Annual administration report of the Bombay Presidency - 1887-1892
Year: 1887
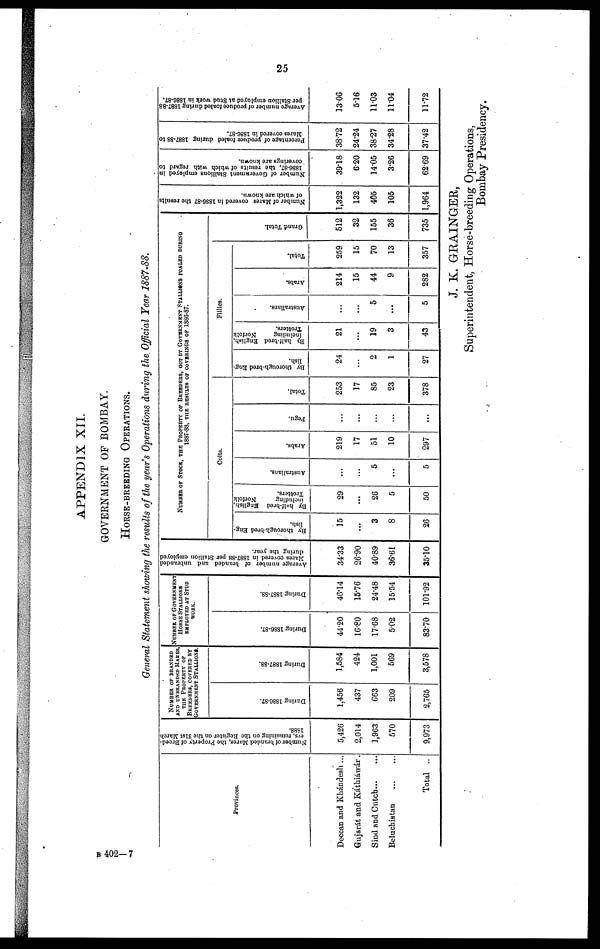
25
APPENDIX XII.
GOVERNMENT OF BOMBAY.
HORSE-BREEDING OPERATIONS.
General Statement showing the results of the year's Operations during the. Official Year 1887-88.
Provinces.
Deccan and Khándesh ...
Gujarát and Káthiáwár.
Sind and Cutch... ...
Beluchistan
...
...
Total ..
Number of branded Mares,
the Property of Breed-
ers, remaining on the Register on the 31st March
1888.
5,426
2,014
1,963
570
9,973
NUMBER OF BRANDED
AND UNBRANDED MARES
THE PROPERTY OF
BREEDERS, COVERED BY
GOVERNMENT STALLIONS.
Dur i
ng 1886- 87.
1,456
437
663
209
2,765
Dur i
ng 1887- 88.
1,584
424
1,001
569
3,578
NUMBER OF GOVERNMENT
HORSE STALLIONS
EMPLOYED AT STUD
WORK.
Dur i
ng 1886-87.
44.20
16.80
17.68
5.02
83.70
Dur i
ng 1887-88.
46.14
15.76
24.48
15.54
101.92
Average number of branded and unbranded
Mares
covered in 1887-88 per Stallion employed
during the year.
34.33
26.90
40.89
36.61
35.10
NUMBER OF STOCK, THE PROPERTY OF BREEDERS, GOT BY GOVERNMENT STALLIONS FOALED DURING
1887-88, THE RESULTS OF COVERINGS OF 1886-87.
Colts.
By thoroughbred Eng-
lish.
15
...
3
8
26
By half-bred English,
including
Norfolk
Trotters.
29
...
26
5
50
Australians.
...
...
5
...
5
Arabs.
219
17
51
10
297
Pegu.
...
...
...
...
...
Total.
253
17
85
23
378
Fillies.
By thorough-bred Eng-
lish.
24
...
2
1
27
By half-bred English,
including
Norfolk
Trotters.
21
...
19
3
43
Australians.
...
...
5
...
5
Arabs.
214
15
44
9
282
Total.
259
15
70
13
357
Grand Tot al .
512
32
155
36
735
Number of Mares covered in 1886-87
the results
of which are known.
1,322
132
405
105
1,964
Number of Government Stallions employed in
1886-87, the results of which with regard to
coverings are known.
39.18
6.20
14.05
3.26
62.69
Percentage of produce foaled during 1887-88 to
Mares covered in 1886-87.
38.72
24.24
38.27
34.28
37.42
Average number of produce foaled during 1887-88
per Stallion employed at Stud work in 1886-87.
13.06
5.16
11.03
11.04
11.72
J. K. GRAINGER,
Superintendent, Horse-breeding Operations,
Bombay Presidency.
B 402—7